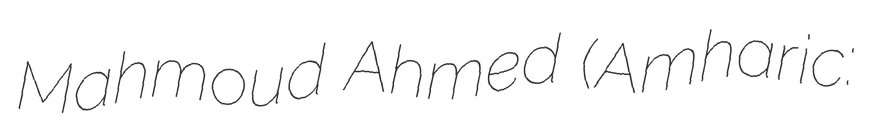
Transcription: Mahmoud Ahmed (Amharic: ማሕሙድ